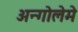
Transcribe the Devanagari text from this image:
अन्गोलेमे